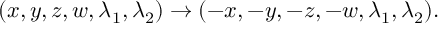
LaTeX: ( x , y , z , w , \lambda _ { 1 } , \lambda _ { 2 } ) \to ( - x , - y , - z , - w , \lambda _ { 1 } , \lambda _ { 2 } ) .